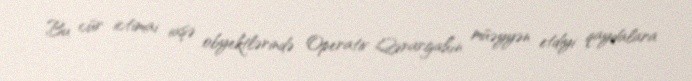
Bu cür ictimai iaşə obyektlərində Operativ Qərargahın müəyyən etdiyi qaydalara